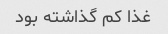
غذا کم گذاشته بود